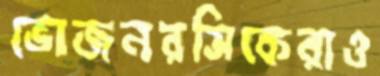
ভোজনরসিকেরাও